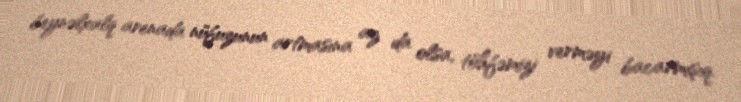
beynəlxalq arenada nüfuzunun artmasına az da olsa, töhfəmizi verməyi bacarmışıq.